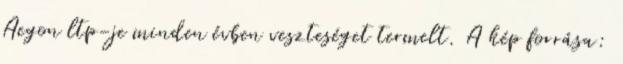
Aegon ltp-je minden évben veszteséget termelt. A kép forrása: